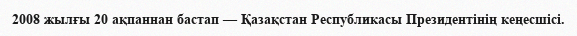
2008 жылғы 20 ақпаннан бастап — Қазақстан Республикасы Президентінің кеңесшісі.